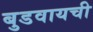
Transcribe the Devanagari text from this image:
बुडवायची